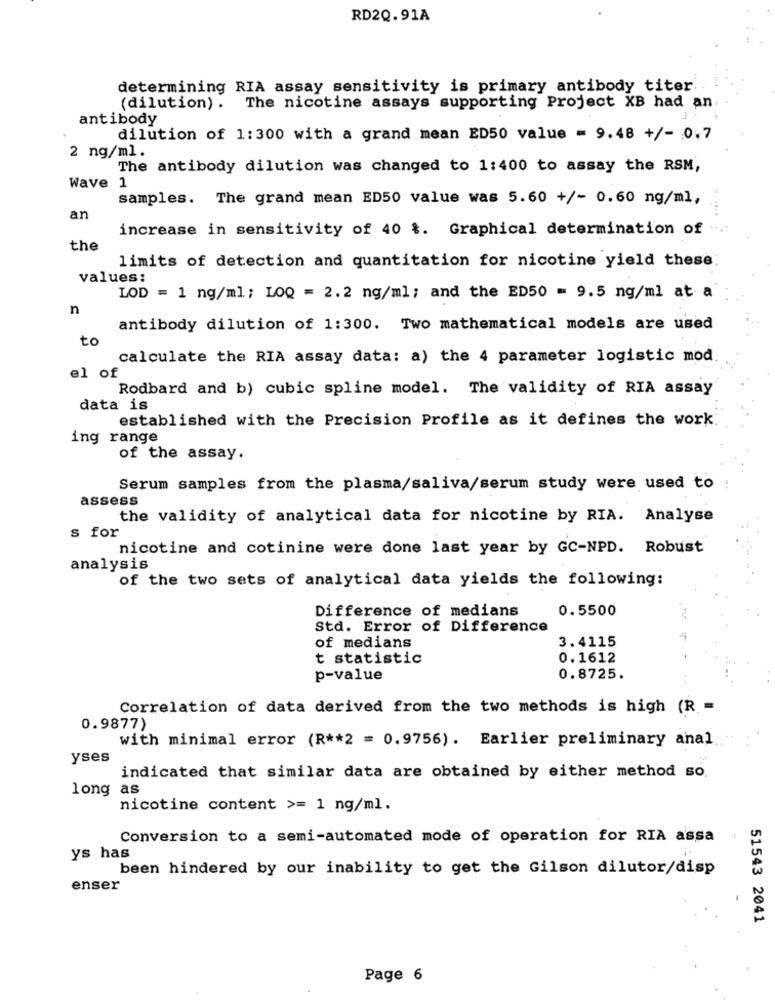
RD2Q.91A
determining RIA assay sensitivity is primary antibody titer ..
(dilution) . The nicotine assays supporting Project XB had an
antibody
dilution of 1:300 with a grand mean ED50 value = 9.48 +/- 0.7
2 ng/ml.
The antibody dilution was changed to 1:400 to assay the RSM,
Wave
1
samples. The grand mean ED50 value was 5.60 +/- 0.60 ng/ml,
an
increase in sensitivity of 40 %. Graphical determination of
the
limits of detection and quantitation for nicotine yield these
values:
LOD = 1 ng/ml; LOQ = 2.2 ng/ml; and the ED50 = 9.5 ng/ml at a
n
antibody dilution of 1:300. Two mathematical models are used
to
calculate the RIA assay data: a) the 4 parameter logistic mod
el of
Rodbard and b) cubic spline model. The validity of RIA assay
data is
established with the Precision Profile as it defines the work
ing range
of the assay.
Serum samples from the plasma/saliva/serum study were used to
assess
the validity of analytical data for nicotine by RIA. Analyse
s for
nicotine and cotinine were done last year by GC-NPD. Robust
analysis
of the two sets of analytical data yields the following:
Difference of medians
0.5500
Std. Error of Difference
3.4115
of medians
t statistic
0.1612
p-value
0.8725.
Correlation of data derived from the two methods is high (R =
0.9877)
with minimal error (R ** 2 = 0.9756). Earlier preliminary anal
yses
indicated that similar data are obtained by either method so.
long as
nicotine content >= 1 ng/ml.
Conversion to a semi-automated mode of operation for RIA assa
ys has
been hindered by our inability to get the Gilson dilutor/disp
enser
51543 2041
Page 6